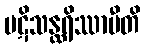
ပဋိသန္ထရိဿာမီတိ